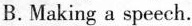
B.Making a speech.